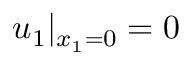
u _ { 1 } | _ { x _ { 1 } = 0 } = 0